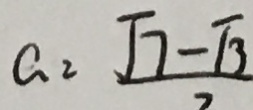
G = \frac { \sqrt { 7 } - \sqrt { 3 } } { 2 }